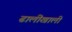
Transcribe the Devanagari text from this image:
ढालींखाली